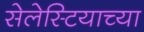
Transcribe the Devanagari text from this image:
सेलेस्टियाच्या